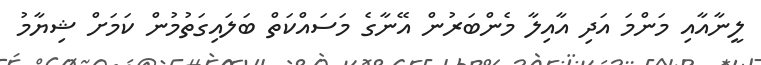
ލީނާއާއި މަންމަ އަދި އާއިލާ މެންބަރުން އޭނާގެ މަސައްކަތް ބަލައިގަތުމުން ކަމަށް ޝިޔާމު